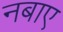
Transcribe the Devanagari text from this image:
नबाए